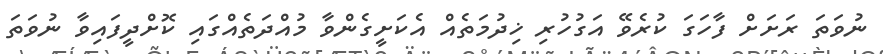
ނުވަތަ ރަށަށް ފާހަގަ ކުރެވޭ އަގުހުރި ޚިދުމަތެއް އެކަށީގެންވާ މުއްދަތެއްގައި ކޮށްދީފައިވާ ނުވަތަ